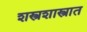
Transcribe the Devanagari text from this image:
शस्त्रशास्त्रात